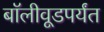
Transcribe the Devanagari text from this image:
बॉलीवूडपर्यंत